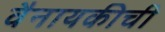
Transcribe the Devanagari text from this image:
वैनायकीची